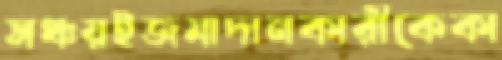
সঞ্চয়ইজমাদানকারীকেকা